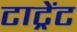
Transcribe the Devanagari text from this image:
टाट्रेंट